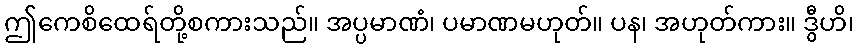
ဤကေစိထေရ်တို့စကားသည်။ အပ္ပမာဏံ၊ ပမာဏမဟုတ်။ ပန၊ အဟုတ်ကား။ ဒွီဟိ၊